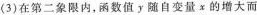
(3)在第二象限内，函数值y随自变量x的增大而